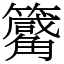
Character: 𥷑